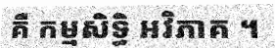
គឺ កម្មសិទ្ធិ អវិភាគ ។